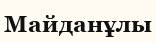
Майданұлы